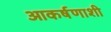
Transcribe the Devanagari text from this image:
आकर्षणाशी